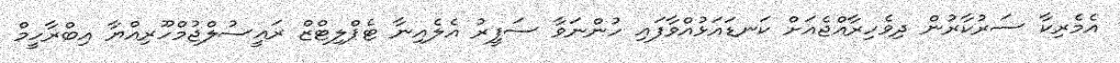
އެމެރިކާ ސަރުކާރުން ދިވެހިރާއްޖެއަށް ކަނޑައަޅުއްވާފައި ހުންނަވާ ސަފީރު އެލެއިނާ ޓެޕްލިޓްޒް ރައީސުލްޖުމްހޫރިއްޔާ އިބްރާހީމް